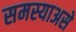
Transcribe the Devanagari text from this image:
समस्याअसे